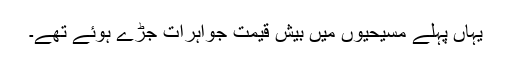
یہاں پہلے مسیحیوں میں بیش قیمت جواہرات جڑے ہوئے تھے۔